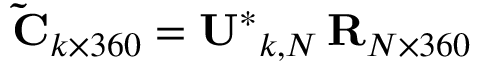
\mathbf { \tilde { C } } _ { k \times 3 6 0 } = \mathbf { U ^ { * } } _ { k , N } \, \mathbf { R } _ { N \times 3 6 0 }